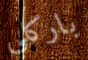
باركلي